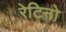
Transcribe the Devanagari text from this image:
रेटिनो